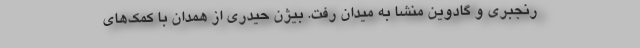
رنجبری و گادوین منشا به میدان رفت. بیژن حیدری از همدان با کمک‌های